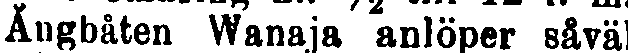
Ångbåten Wanaja anlöper såväl